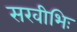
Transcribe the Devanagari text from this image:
सखीभिः